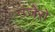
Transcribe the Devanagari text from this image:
उजेरो